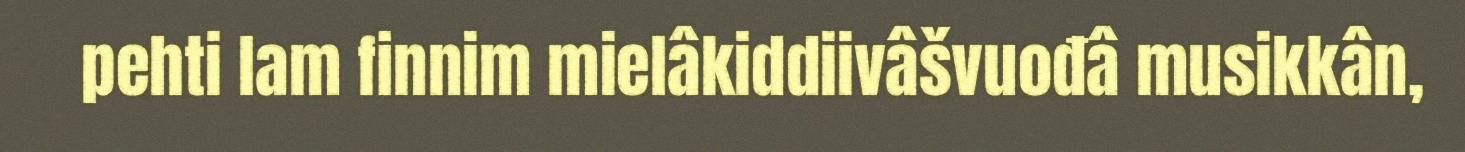
pehti lam finnim mielâkiddiivâšvuođâ musikkân,